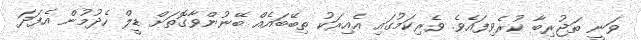
ވަނީ ތަޖުރިބާ ކުރެވިފައެވެ. ވެރިކަމުގައި އެއިރަކު ތިބޭބައެއް ބޭނުންވާގޮތަށް ޑީލް ހެދުމުން އެފަދަ